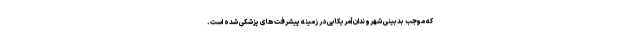
که موجب بدبینی شهروندان آمریکایی در زمینه پیشرفت های پزشکی شده است.